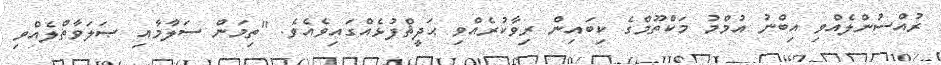
ރުއްސުންލެއްވި އިބްނު އުމްމު މަކްތޫމްގެ ކިބައިން ރިވާކުރެއްވި ޙަދީޘްފުޅެއްގައިވެއެވެ. "ތިމަން ސަލާމާއި ޞަލަވާތްލެއްވި